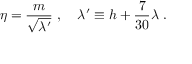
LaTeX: \eta = { \frac { m } { \sqrt { \lambda ^ { \prime } } } } \ , \ \ \ \lambda ^ { \prime } \equiv h + { \frac { 7 } { 3 0 } } \lambda \ .